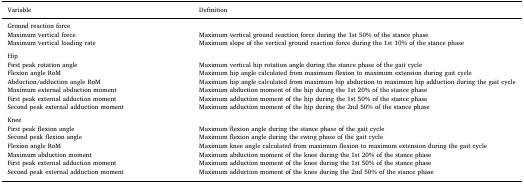
| Variable | Definition |
 | --- | --- |
 | <COLSPAN=2> Ground reaction force |
 | Maximum vertical force | Maximum vertical ground reaction force during the 1st 50% of the stance phase |
 | Maximum vertical loading rate | Maximum slope of the vertical ground reaction force during the 1st 10% of the stance phase |
 | <COLSPAN=2>  |
 | <COLSPAN=2> Hip |
 | First peak rotation angle | Maximum vertical hip rotation angle during the stance phase of the gait cycle |
 | Flexion angle RoM | Maximum hip angle calculated from maximum flexion to maximum extension during gait cycle |
 | Abduction/adduction angle RoM | Maximum hip angle calculated from maximum hip abduction to maximum hip adduction during the gait cycle |
 | Maximum external abduction moment | Maximum abduction moment of the hip during the 1st 20% of the stance phase |
 | First peak external adduction moment | Maximum adduction moment of the hip during the 1st 50% of the stance phase |
 | Second peak external adduction moment | Maximum adduction moment of the hip during the 2nd 50% of the stance phase |
 | <COLSPAN=2>  |
 | <COLSPAN=2> Knee |
 | First peak flexion angle | Maximum flexion angle during the stance phase of the gait cycle |
 | Second peak flexion angle | Maximum flexion angle during the swing phase of the gait cycle |
 | Flexion angle RoM | Maximum knee angle calculated from maximum flexion to maximum extension during the gait cycle |
 | Maximum abduction moment | Maximum abduction moment of the knee during the 1st 20% of the stance phase |
 | First peak external adduction moment | Maximum adduction moment of the knee during the 1st 50% of the stance phase |
 | Second peak external adduction moment | Maximum adduction moment of the knee during the 2nd 50% of the stance phase |